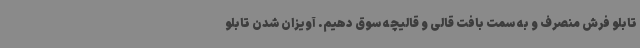
تابلو فرش منصرف و به سمت بافت قالی و قالیچه سوق دهیم. آویزان شدن تابلو